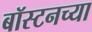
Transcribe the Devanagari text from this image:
बॉस्टनच्या